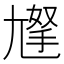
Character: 𡰀